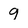
Character: 9